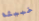
خبيثة